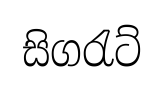
සිගරැට්